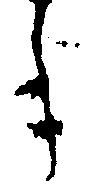
年